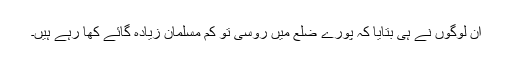
ان لوگوں نے ہی بتایا کہ پورے ضلع میں روسی تو کم مسلمان زیادہ گائے کھا رہے ہیں۔